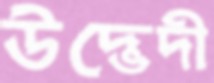
উদ্ভেদী